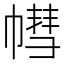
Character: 𢄣